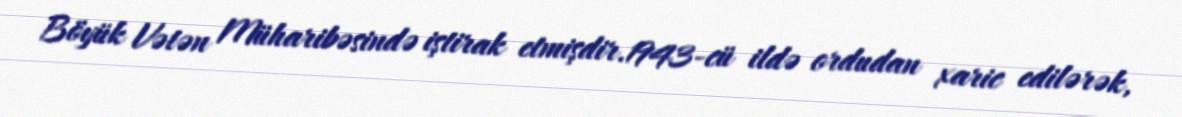
Böyük Vətən Müharibəsində iştirak etmişdir.1943-cü ildə ordudan xaric edilərək,